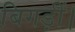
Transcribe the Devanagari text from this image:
बिगड़ीं।